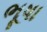
ભૂષા